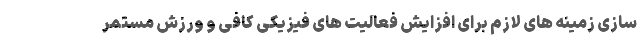
سازی زمینه های لازم برای افزایش فعالیت های فیزیکی کافی و ورزش مستمر